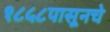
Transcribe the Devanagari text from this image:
१८५८पासूनचे